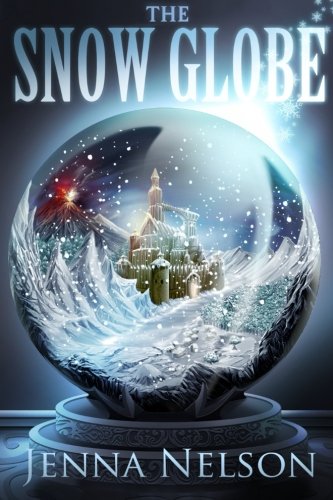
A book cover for The Snow Globe (The Winterhaven Chronicles); Jenna Nelson; Science Fiction & Fantasy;